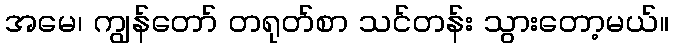
အမေ၊ ကျွန်တော် တရုတ်စာ သင်တန်း သွားတော့မယ်။